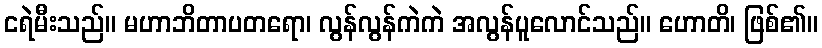
ငရဲမီးသည်။ မဟာဘိတာပတရော၊ လွန်လွန်ကဲကဲ အလွန်ပူလောင်သည်။ ဟောတိ၊ ဖြစ်၏။